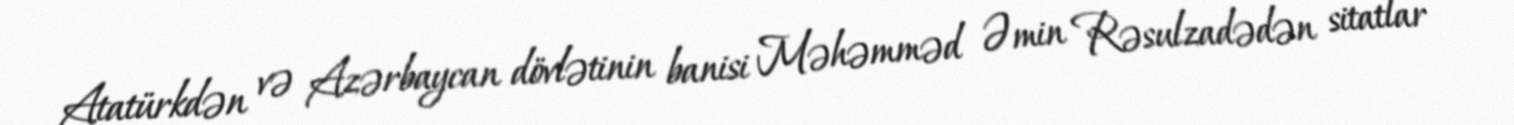
Atatürkdən və Azərbaycan dövlətinin banisi Məhəmməd Əmin Rəsulzadədən sitatlar